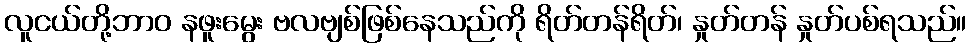
လူငယ်တို့ဘာဝ နဖူးမွေး ဗလဗျစ်ဖြစ်နေသည်ကို ရိတ်တန်ရိတ်၊ နှုတ်တန် နှုတ်ပစ်ရသည်။